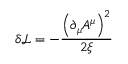
\delta { \mathcal { L } } = - { \frac { \left( \partial _ { \mu } A ^ { \mu } \right) ^ { 2 } } { 2 \xi } }